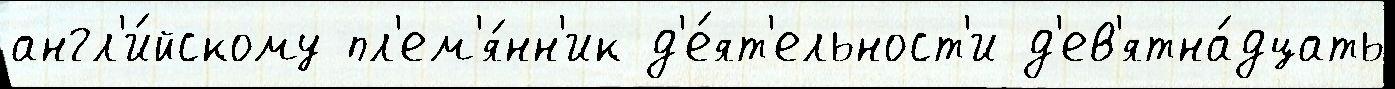
англ'и́йскому пл'ем'я́нн'ик д'е́ят'ельност'и д'ев'ятна́дцать